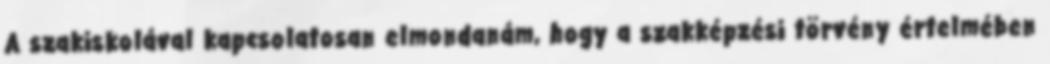
A szakiskolával kapcsolatosan elmondanám, hogy a szakképzési törvény értelmében